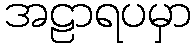
အဠာရပမှာ